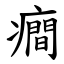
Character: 癎